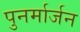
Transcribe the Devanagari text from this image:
पुनर्मार्जन